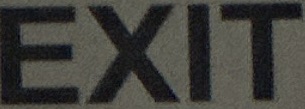
EXIT